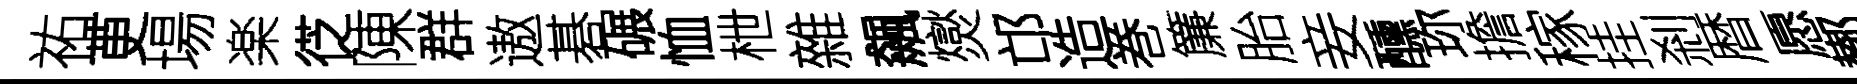
祐茰場楽徔陳群遨碁碾恤枻雜飆爕邙造巻簾胎妾醺珎擔稼挂剎暦愿鄼